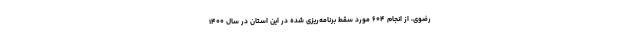
رضوی، از انجام ۶۰۴ مورد سقط برنامه‌ریزی شده در این استان در سال ۱۴۰۰